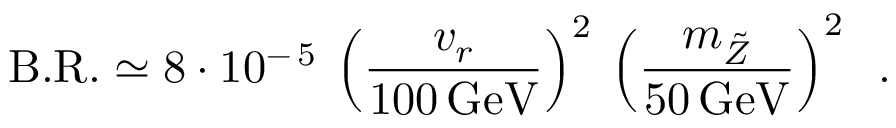
\mathrm { B . R . } \simeq 8 \cdot 1 0 ^ { - \, 5 } \: \left( \frac { v _ { r } } { 1 0 0 \, \mathrm { G e V } } \right) ^ { 2 } \: \left( \frac { m _ { \tilde { Z } } } { 5 0 \, \mathrm { G e V } } \right) ^ { 2 } \; \; .